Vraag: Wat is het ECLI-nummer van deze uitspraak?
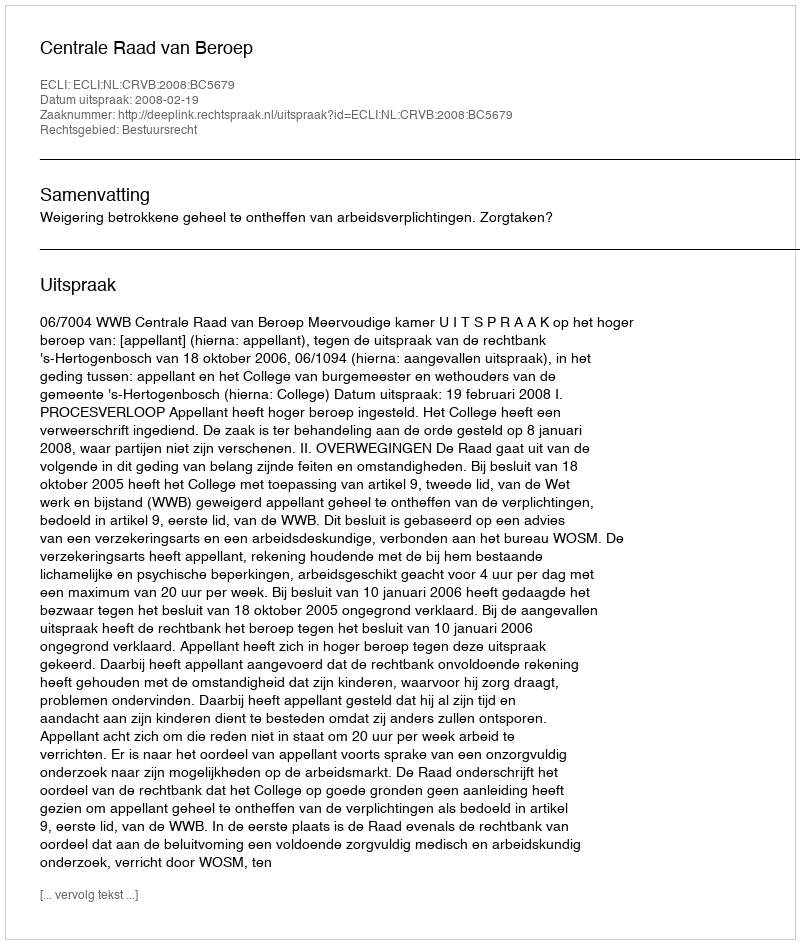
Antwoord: ECLI:NL:CRVB:2008:BC5679